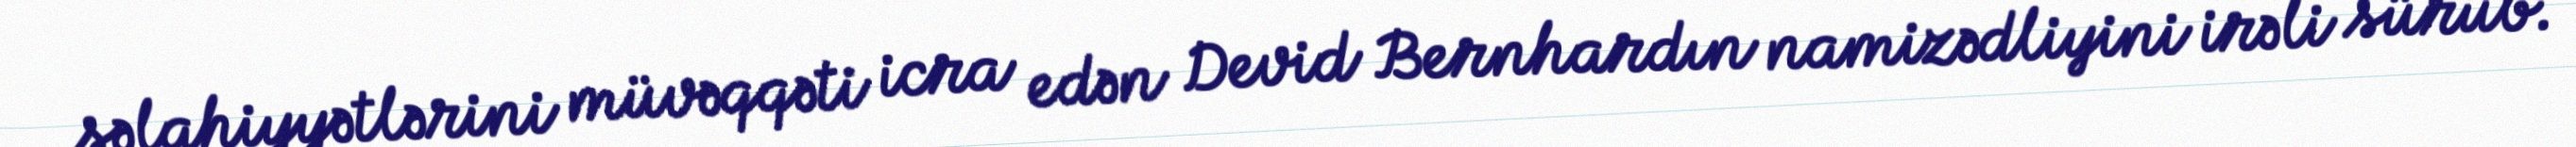
səlahiyyətlərini müvəqqəti icra edən Devid Bernhardın namizədliyini irəli sürüb.